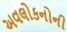
અવલોકનોની